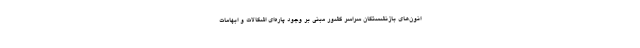
انون‌های بازنشستگان سراسر کشور مبنی بر وجود پاره‌ای اشکالات و ابهامات